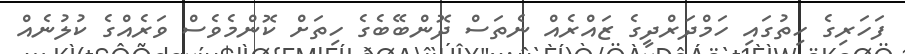
ފަހަރިގެ ހިތުގައި ހަމްދަރްދީގެ ޒައްރެއް ނެތަސް ދޮންބޭބެގެ ހިތަށް ކޮންމެވެސް ވަރެއްގެ ކުލުނެއް